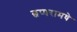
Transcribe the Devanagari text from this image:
छप्परामधे